Leaving Certificate Examination (including Day School Certificate (Higher) General paper), 1934
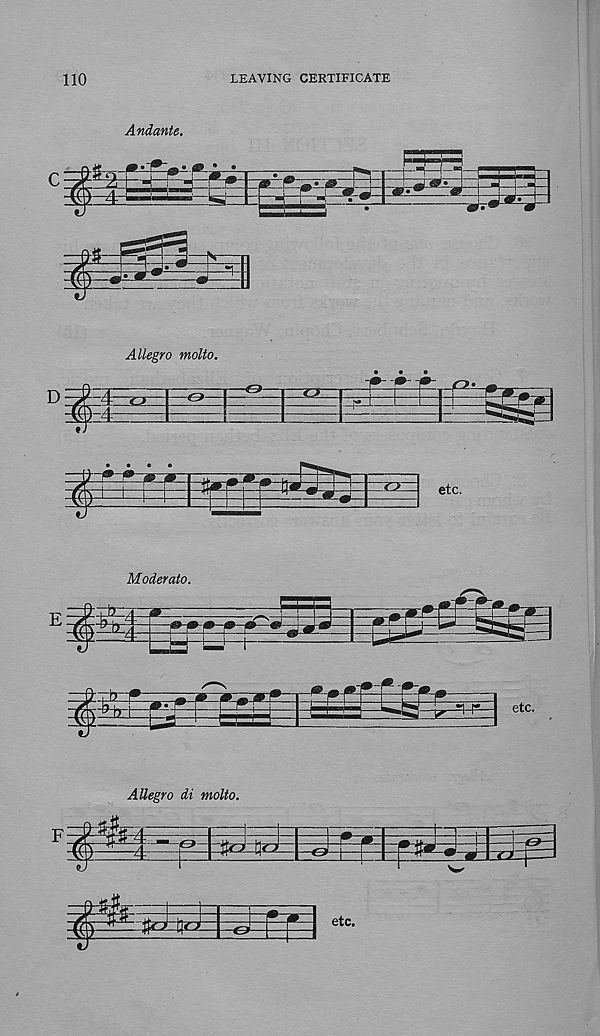
110
LEAVING CERTIFICATE
Andante.
ESSZ!
Allegro molto.
~rx-
c->
i
1—h
_o_
etc.
Allegro di molto.
Hi
4 1 :
^•'1^